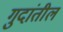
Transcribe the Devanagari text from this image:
गुदांतील